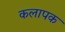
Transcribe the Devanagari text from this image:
कलापक